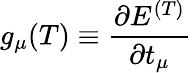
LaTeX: g_{\mu}(T)\equiv\frac{\partial E^{(T)}}{\partial t_{\mu}}